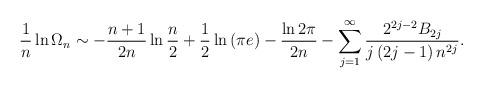
LaTeX: \begin{align*}\frac{1}{n}\ln \Omega _{n}\sim -\frac{n+1}{2n}\ln \frac{n}{2}+\frac{1}{2}\ln\left( \pi e\right) -\frac{\ln 2\pi }{2n}-\sum_{j=1}^{\infty }\frac{2^{2j-2}B_{2j}}{j\left( 2j-1\right) n^{2j}}. \end{align*}